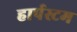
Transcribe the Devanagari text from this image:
हार्पस्टम